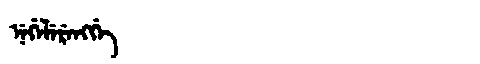
Manchu: ᠨᡝᡤᡝᠯᡝᡵᡝᠩᡤᡝ
Romanization: NEGELERENGGE